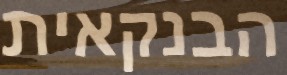
הבנקאית